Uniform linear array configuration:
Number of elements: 12
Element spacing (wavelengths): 0.75
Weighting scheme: cosine
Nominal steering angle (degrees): -45
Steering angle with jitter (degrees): -46.482
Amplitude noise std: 0.05
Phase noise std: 0.05

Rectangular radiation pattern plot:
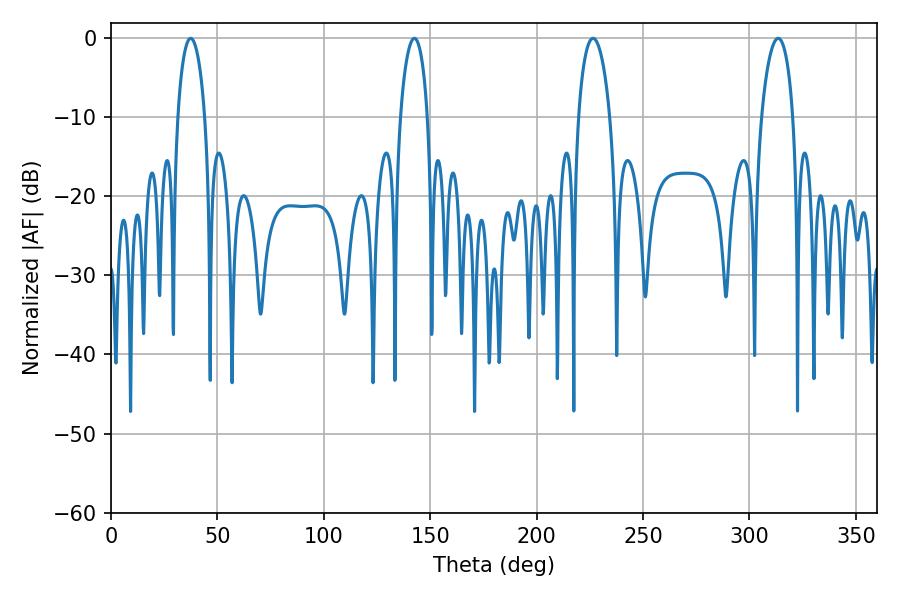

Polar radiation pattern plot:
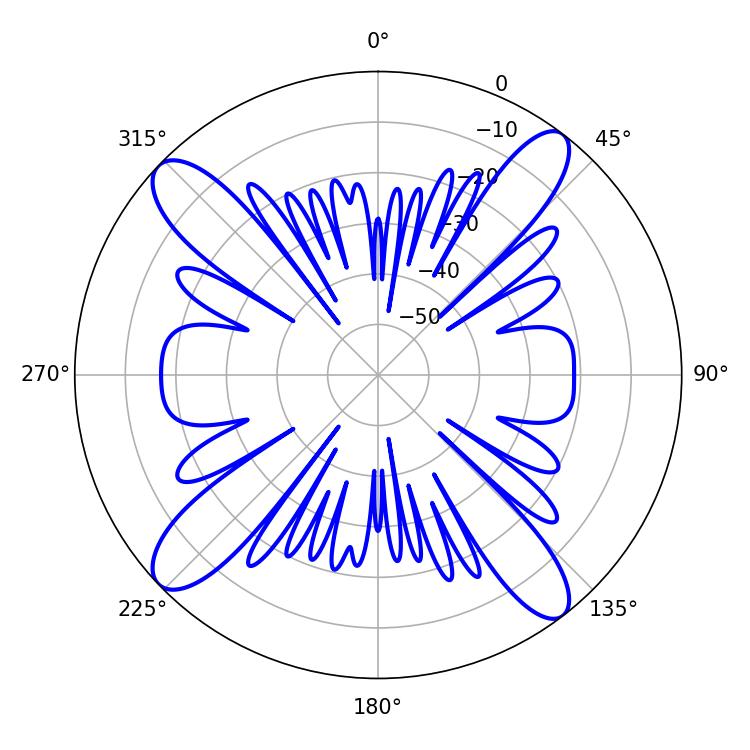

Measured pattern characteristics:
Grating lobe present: TRUE
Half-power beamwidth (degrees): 7.38
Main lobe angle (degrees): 37.44